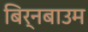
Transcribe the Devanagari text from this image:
बिर्नबाउम